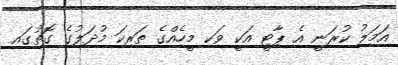
އަމަލު ކުރަނީ އެ ޕާޓީ އަކީ ވަކި މީހެއްގެ ތަރިކަ މުދަލުގެ ގޮތުގައި